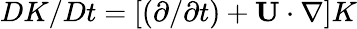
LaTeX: DK/Dt=[(\partial/\partial t)+{\mathbf{U}}\cdot\nabla]K